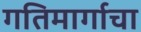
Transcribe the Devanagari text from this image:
गतिमार्गाचा